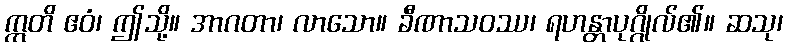
ဣတိ ဧဝံ၊ ဤသို့။ အာဂတာ၊ လာသော။ ခီဏာသဝဿ၊ ရဟန္တာပုဂ္ဂိုလ်၏။ ဆသု၊